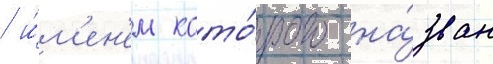
/ и́м'ен'ем кото́рого на́зван